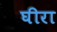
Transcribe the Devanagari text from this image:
घीरा